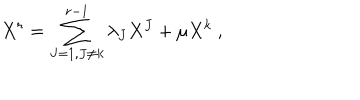
LaTeX: X ^ { r } = \sum _ { J = 1 , J \not = k } ^ { r - 1 } \lambda _ { J } X ^ { J } + \mu X ^ { k } \ ,